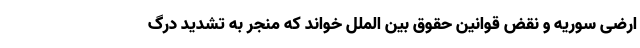
ارضی سوریه و نقض قوانین حقوق بین الملل خواند که منجر به تشدید درگ